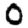
Digit: 0